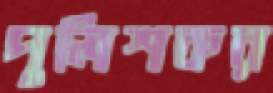
পুলিশকর